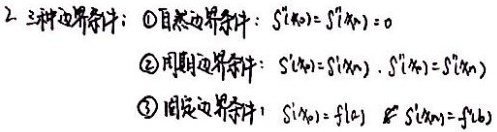
2. 三种边界条件：
\textcircled{1}自然边界条件：$S''(x_0)=S''(x_n)=0$
\textcircled{2}周期边界条件：$S'(x_0)=S'(x_n),S''(x_0)=S''(x_n)$
\textcircled{3}固定边界条件：$S'(x_0)=f(a),S'(x_n)=f(b)$